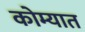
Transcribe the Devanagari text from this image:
कोम्यात